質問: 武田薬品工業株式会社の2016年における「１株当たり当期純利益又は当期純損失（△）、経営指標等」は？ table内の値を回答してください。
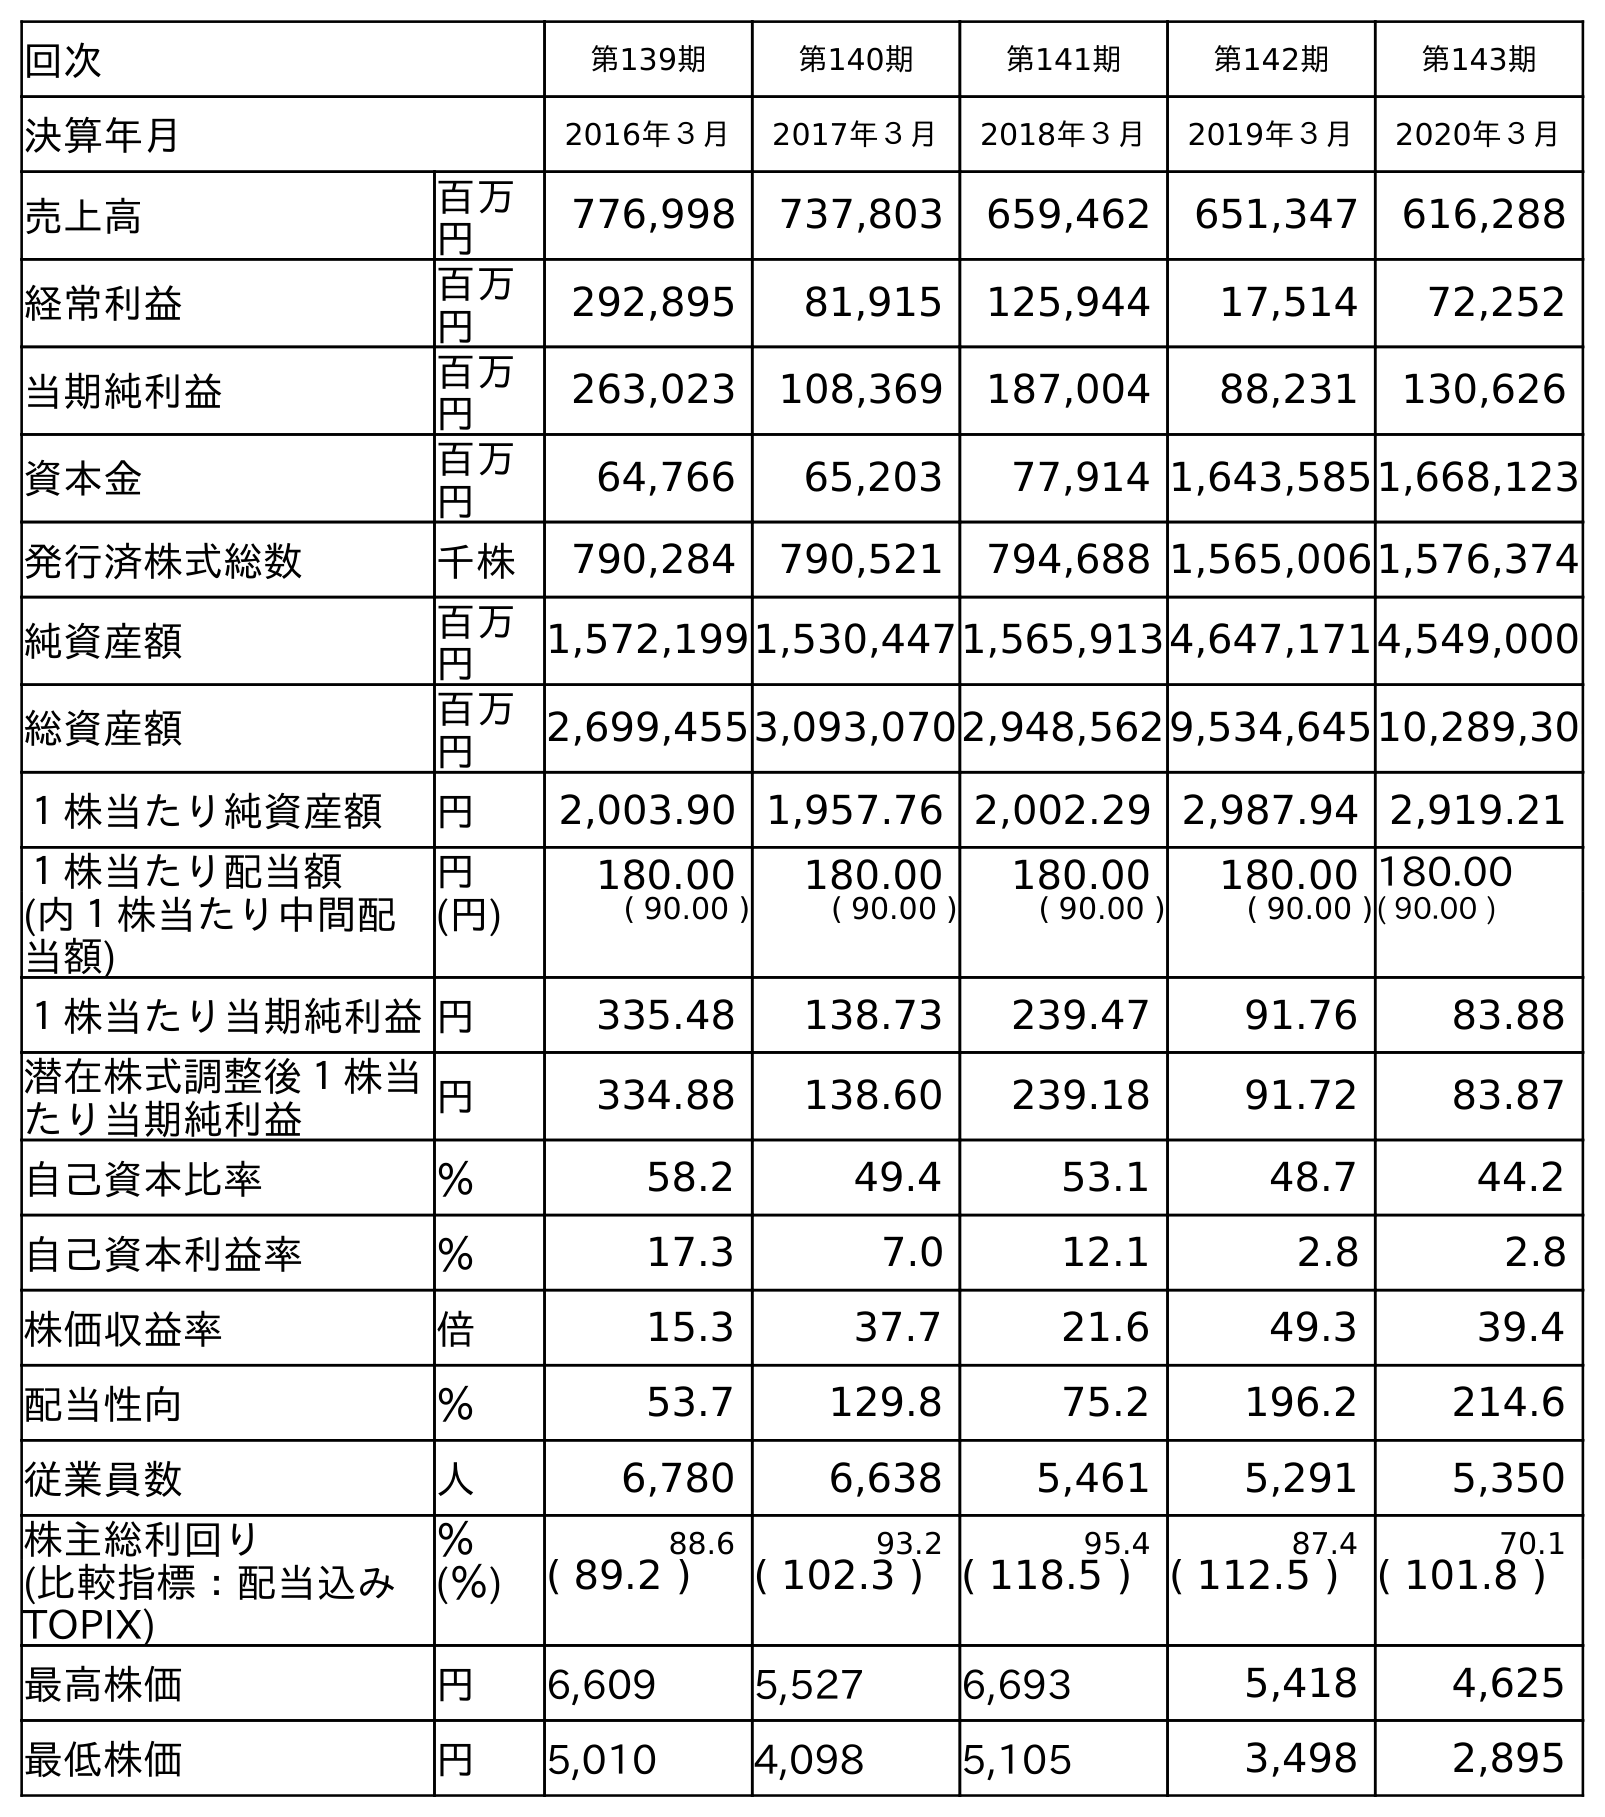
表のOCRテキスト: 回次 第139期 第140期 第141期 第142期 第143期 決算年月 2016年３月 2017年３月 2018年３月 2019年３月 2020年３月 売上高 百万 円 776,998 737,803 659,462 651,347 616,288 経常利益 百万 円 292,895 81,915 125,944 17,514 72,252 当期純利益 百万 円 263,023 108,369 187,004 88,231 130,626 資本金 百万 円 64,766 65,203 77,914 1,643,5851,668,123 発行済株式総数 千株 790,284 790,521 794,688 1,565,0061,576,374 純資産額 百万 円 1,572,1991,530,4471,565,9134,647,1714,549,000 総資産額 百万 円 2,699,4553,093,0702,948,5629,534,64510,289,30 １株当たり純資産額 円 2,003.90 1,957.76 2,002.29 2,987.94 2,919.21 １株当たり配当額 円 180.00 180.00 180.00 180.00 180.00 (内１株当たり中間配 当額) (円) ( 90.00 ) ( 90.00 ) ( 90.00 ) ( 90.00 )( 90.00 ) １株当たり当期純利益円 335.48 138.73 239.47 91.76 83.88 潜在株式調整後１株当 たり当期純利益 円 334.88 138.60 239.18 91.72 83.87 自己資本比率 ％ 58.2 49.4 53.1 48.7 44.2 自己資本利益率 ％ 17.3 7.0 12.1 2.8 2.8 株価収益率 倍 15.3 37.7 21.6 49.3 39.4 配当性向 ％ 53.7 129.8 75.2 196.2 214.6 従業員数 人 6,780 6,638 5,461 5,291 5,350 株主総利回り ％ 88.6 93.2 95.4 87.4 70.1 (比較指標：配当込み TOPIX) (％) ( 89.2 ) ( 102.3 ) ( 118.5 ) ( 112.5 ) ( 101.8 ) 最高株価 円 6,609 5,527 6,693 5,418 4,625 最低株価 円 5,010 4,098 5,105 3,498 2,895
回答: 335.48